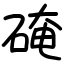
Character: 硽